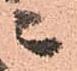
ニ